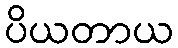
ပိယတာယ